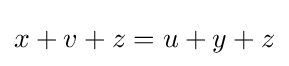
x+v+z=u+y+z